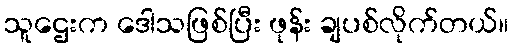
သူဌေးက ဒေါသဖြစ်ပြီး ဖုန်း ချပစ်လိုက်တယ်။